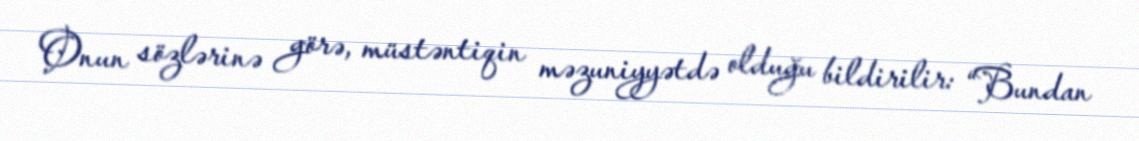
Onun sözlərinə görə, müstəntiqin məzuniyyətdə olduğu bildirilir: “Bundan